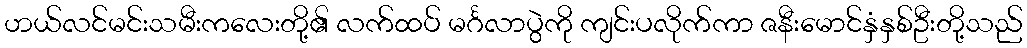
ဟယ်လင်မင်းသမီးကလေးတို့၏ လက်ထပ် မင်္ဂလာပွဲကို ကျင်းပလိုက်ကာ ဇနီးမောင်နှံနှစ်ဦးတို့သည်